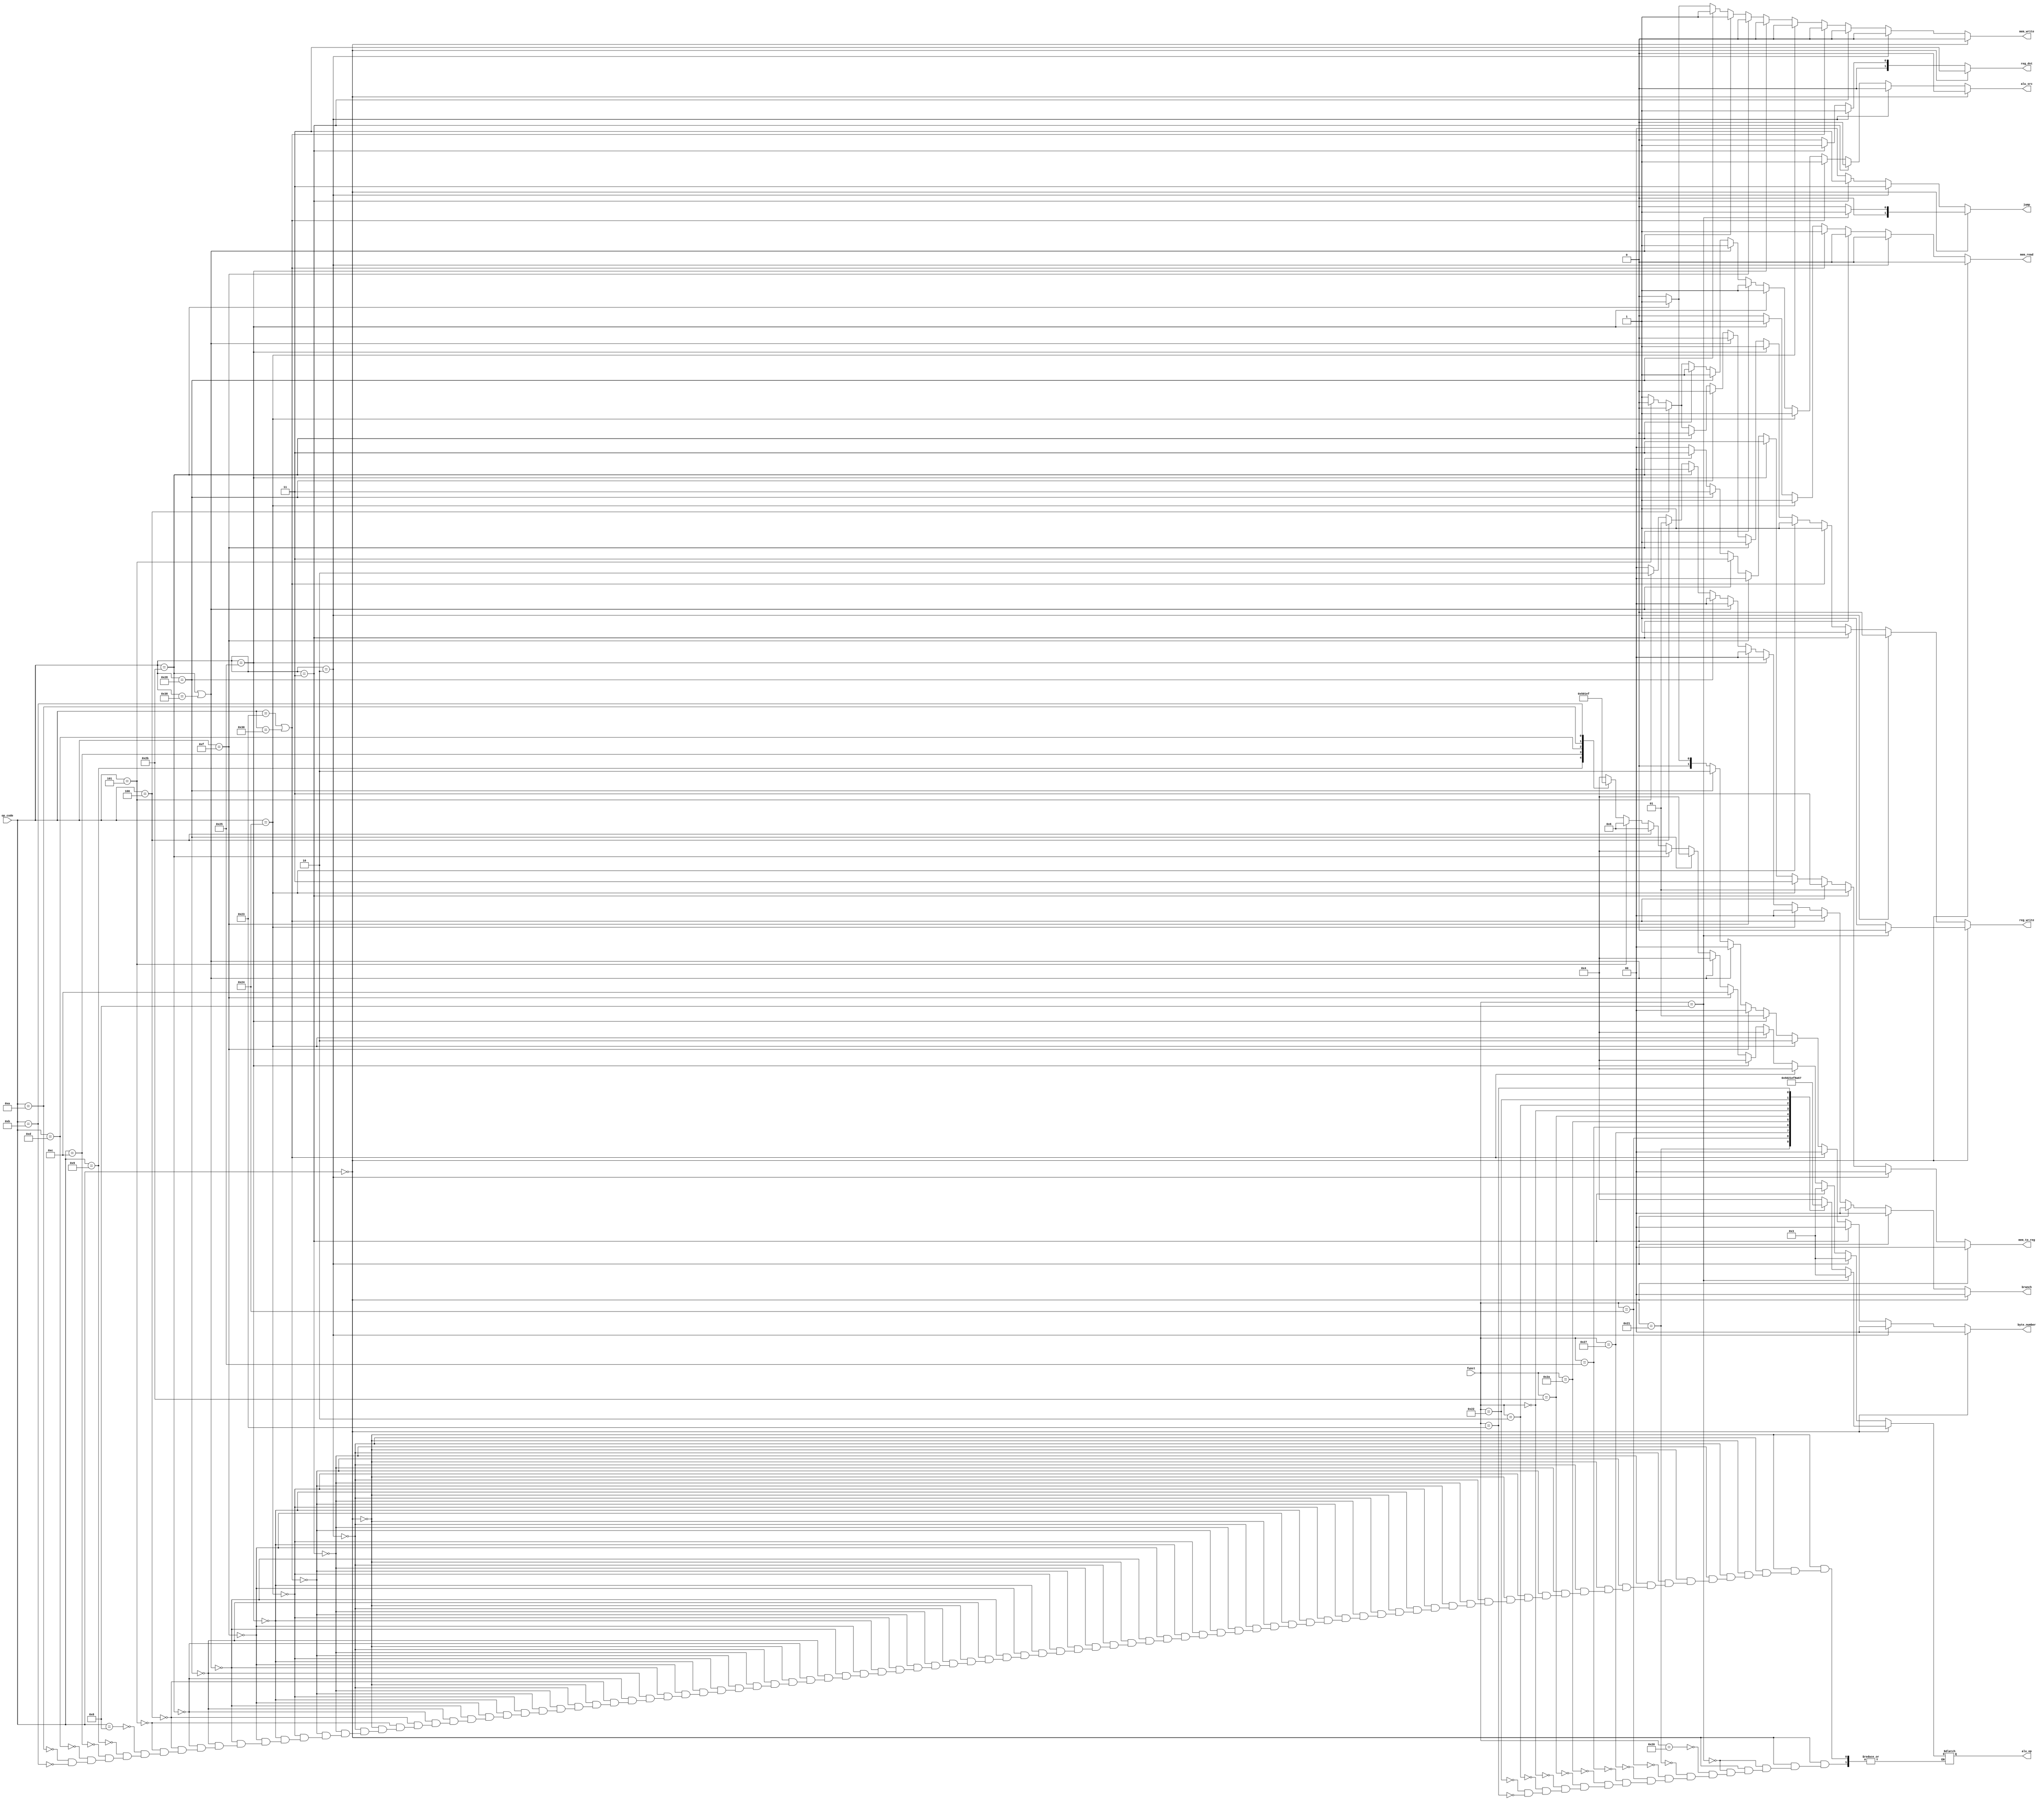
module mips_control(reg_dst, alu_src, mem_to_reg, reg_write, mem_read, mem_write, branch, alu_op, jump, byte_number, op_code, funct);

	output reg [1:0] reg_dst ;						//00 = I[20:16], 11 = I[20:16], 01/10 =  R[31] for JAL instruction
	output reg alu_src;								//0 = Read Data 2, 1 = signExtend(I[15:0])
	output reg [1:0] mem_to_reg ;					//00 = data from Alu, 01/10 = PC+4 for JAL instruction, 11 = data from Memory
	output reg reg_write;							//1 = for all R, JAL and I type instructions except store types instructions and branches, 0 = for others
	output reg mem_read;								//1 = for load types instructions, 0 =  for others 
	output reg mem_write;							//1 = for store types instructions, 0 = for others
	output reg [1:0] branch ;						//00 = no branch, 01 = BEQ, 10 = BNE, 11 = Undefined
	output reg [3:0] alu_op ;						//look excel file for details
	output reg [1:0] jump ;							//00 = no jump, 01/10 = JR, 11 = J and JAL
	output reg [1:0] byte_number ;				//00 = WORD, 01 = HALF WORD, 10 = BYTE, 11 = UPPER IMMEDIATE

	input [5:0] op_code;
	input [5:0] funct;



	always @* begin
		
		if(op_code == 6'b000000) begin 	//common signals for R type instructions
			reg_dst = 2'b11;					//I[15:11]
			alu_src = 1'b0;					//Read Data 2
			mem_to_reg = 2'b00;				//data from ALU will be written to REGISTER
			mem_read = 1'b0;					//will not read from MEMORY
			mem_write = 1'b0;					//will not write to MEMORY
			branch = 2'b00; 					//no branch 
			byte_number = 2'b00;
			
			if(funct == 6'b001000) begin 	//R type JR instruction
				alu_op = 4'b0011;				//will not use ALU
				jump = 2'b01;					//change PC to data of R[rs]
				reg_write = 1'b0;				//will not read to REGISTER
				
				$display("R type JR instruction %b", funct);
				
			end else begin	
				reg_write = 1'b1;				//remaining common signals for other R type instructions
				jump = 2'b00;
				
				$display("R type other instruction %b", funct);
				
				case (funct) 
					6'b100000 : 				//R type ADD instruction 
						alu_op = 4'b0100;		
					6'b100001 :					//R type ADDU instruction
						alu_op = 4'b0101;	
					6'b100100 : 				//R type AND instruction
						alu_op = 4'b0000; 
					6'b100111 : 				//R type NOR instruction
						alu_op = 4'b0010; 
					6'b100101 : 				//R type OR instruction
						alu_op = 4'b0001;
					6'b101010 : 				//R type SLT instruction
						alu_op = 4'b1110;
					6'b101011 : 				//R type SLTU instruction
						alu_op = 4'b1111;
					6'b000000 :					//R type SLL instruction
						alu_op = 4'b1000;
					6'b000010 :					//R type SRL instruction
						alu_op = 4'b1010;
					6'b100010 :					//R type SUB instruction
						alu_op = 4'b0110;
					6'b100011 :					//R type SUBU instruction
						alu_op = 4'b0111;
							
					default : $display("Error in R type instruction %b",funct); 		 
				endcase
			
			end
		end else begin
			if(op_code == 6'b000010) begin	//J type J instruction
				reg_dst = 2'b01;				//not important for J instruction
				alu_src = 1'b0;				//not important for J instruction
				mem_to_reg = 2'b00;			//not important for J instruction
				reg_write = 1'b0;				//will not write to REGISTER
				mem_read = 1'b0;				//will not read from MEMORY
				mem_write = 1'b0;				//will not write to MEMORY
				branch = 2'b00;				//no branch
				alu_op = 4'b0011;				//undefined alu operation
				jump = 2'b11;					//PC = JUMP ADDRESS
				byte_number = 2'b00;			//not important for J instruction
				
				$display("J type J instruction %b", op_code);
				
			end else if(op_code == 6'b000011) begin // J type JAL instruction
			
				reg_dst = 2'b01;				//R[31] for JAL instruction				
				alu_src = 1'b0;				//not important for J instruction
				mem_to_reg = 2'b01;			//PC+4 for JAL instruction
				reg_write = 1'b1;				//will write to REGISTER
				mem_read = 1'b0;				//will not read from MEMORY
				mem_write = 1'b0;				//will not write to MEMORY
				branch = 2'b00;				//no branch
				alu_op = 4'b0011;				//undefined alu operation
				jump = 2'b11;					//PC = JUMP ADDRESS
				byte_number = 2'b00;			//not important for J instruction
				
				$display("J type JAL instruction %b", op_code);
			
			end else if (op_code == 6'b100011 || op_code == 6'b110000) begin //I type LW instruction and I type LL instruction
			
				reg_dst = 2'b00;						//R[rt] for I instructions				
				alu_src = 1'b1;						//signExtendImmediate for ALU
				mem_to_reg = 2'b11;					//data from MEMORY will be written to REGISTER
				reg_write = 1'b1;						//will write to REGISTER
				mem_read = 1'b1;						//will read from MEMORY
				mem_write = 1'b0;						//will not write to MEMORY
				branch = 2'b00;						//no branch
				alu_op = 4'b0100;						//ALU operation ADD
				jump = 2'b00;							//no jump
				byte_number = 2'b00;					//load word from MEMORY	
				
				$display("I type LB or LL instruction %b", op_code);
				
			end else if(op_code == 6'b100100) begin	//I type LBU instruction
			
				reg_dst = 2'b00;						//R[rt] for I instructions				
				alu_src = 1'b1;						//signExtendImmediate for ALU
				mem_to_reg = 2'b11;					//data from MEMORY will be written to REGISTER
				reg_write = 1'b1;						//will write to REGISTER
				mem_read = 1'b1;						//will read from MEMORY
				mem_write = 1'b0;						//will not write to MEMORY
				branch = 2'b00;						//no branch
				alu_op = 4'b0100;						//ALU operation ADD
				jump = 2'b00;							//no jump
				byte_number = 2'b10;					//load byte from MEMORY	
				
				$display("I type LBU instruction %b", op_code);
				
			end else if(op_code == 6'b100101) begin 	//I type LHU instruction
			
				reg_dst = 2'b00;						//R[rt] for I instructions				
				alu_src = 1'b1;						//signExtendImmediate for ALU
				mem_to_reg = 2'b11;					//data from MEMORY will be written to REGISTER
				reg_write = 1'b1;						//will write to REGISTER
				mem_read = 1'b1;						//will read from MEMORY
				mem_write = 1'b0;						//will not write to MEMORY
				branch = 2'b00;						//no branch
				alu_op = 4'b0100;						//ALU operation ADD
				jump = 2'b00;							//no jump
				byte_number = 2'b01;					//load halfword from MEMORY	
				
				$display("I type LHU instruction %b", op_code);
				
			end else if(op_code == 6'b001111) begin	//I type LUI instruction		
				reg_dst = 2'b00;						//R[rt] for I instructions				
				alu_src = 1'b1;						//signExtendImmediate for ALU
				mem_to_reg = 2'b00;					//data from ALU will be written to REGISTER
				reg_write = 1'b1;						//will write to REGISTER
				mem_read = 1'b0;						//will not read from MEMORY
				mem_write = 1'b0;						//will not write to MEMORY
				branch = 2'b00;						//no branch
				alu_op = 4'b1100;						//LUI operation(Result will be (signExtendImmediate << 16))
				jump = 2'b00;							//no jump
				byte_number = 2'b00;					//not important for LUI instruction
				
				$display("I type LUI instruction %b", op_code);
				
			end else if(op_code == 6'b101011 || op_code == 6'b111000) begin	//I type SW instruction and I type SC instruction
			
				reg_dst = 2'b00;						//R[rt] for I instructions
				alu_src = 1'b1;						//signExtendImmediate for ALU
				mem_to_reg = 2'b11;					//not important for store type instructions
				reg_write = 1'b0;						//will not write to REGISTER
				mem_read = 1'b0;						//will not read from MEMORY
				mem_write = 1'b1;						//will write to MEMORY
				branch = 2'b00;						//no branch
				alu_op = 4'b0100;						//ALU operation ADD
				jump = 2'b00;							//no jump
				byte_number = 2'b00;					//store word in MEMORY
				
				$display("I type SW OR SC instruction %b", op_code);
				
			end else if(op_code == 6'b101000) begin	//I type SB instruction
			
				reg_dst = 2'b00;						//R[rt] for I instructions
				alu_src = 1'b1;						//signExtendImmediate for ALU
				mem_to_reg = 2'b11;					//not important for store type instructions
				reg_write = 1'b0;						//will not write to REGISTER
				mem_read = 1'b0;						//will not read from MEMORY
				mem_write = 1'b1;						//will write to MEMORY
				branch = 2'b00;						//no branch
				alu_op = 4'b0100;						//ALU operation ADD
				jump = 2'b00;							//no jump
				byte_number = 2'b10;					//store byte in MEMORY		
				
				$display("I type SB instruction %b", op_code);
				
			end else if(op_code == 6'b101011) begin	//I type SH instruction
			
				reg_dst = 2'b00;						//R[rt] for I instructions
				alu_src = 1'b1;						//signExtendImmediate for ALU
				mem_to_reg = 2'b11;					//not important for store type instructions
				reg_write = 1'b0;						//will not write to REGISTER
				mem_read = 1'b0;						//will not read from MEMORY
				mem_write = 1'b1;						//will write to MEMORY
				branch = 2'b00;						//no branch
				alu_op = 4'b0100;						//ALU operation ADD
				jump = 2'b00;							//no jump
				byte_number = 2'b01;					//store halfword in MEMORY	
				
				$display("I type SH instruction %b", op_code);
				
			end else if (op_code == 6'b000100) begin //I type BEQ instruction
			
				reg_dst = 2'b00;						//R[rt] for I instructions
				alu_src = 1'b0;						//Read Data 2 for ALU
				mem_to_reg = 2'b00;					//not important for branch instructions
				reg_write = 1'b0;						//will not write to REGISTER
				mem_read = 1'b0;						//will not read from MEMORY
				mem_write = 1'b0;						//will not write to MEMORY
				branch = 2'b01;						//branch when two register data same
				alu_op = 4'b0110;						//ALU operation SUB
				jump = 2'b00;							//no jump
				byte_number = 2'b00;					//not important for branch instructions	
				
				$display("I type BEQ instruction %b", op_code);
				
			end else if (op_code == 6'b000101) begin //I type BNE instruction
			
				reg_dst = 2'b00;						//R[rt] for I instructions
				alu_src = 1'b0;						//Read Data 2 for ALU
				mem_to_reg = 2'b00;					//not important for branch instructions
				reg_write = 1'b0;						//will not write to REGISTER
				mem_read = 1'b0;						//will not read from MEMORY
				mem_write = 1'b0;						//will not write to MEMORY
				branch = 2'b10;						//branch when two register data not same
				alu_op = 4'b0110;						//ALU operation SUB
				jump = 2'b00;							//no jump
				byte_number = 2'b00;					//not important for branch instructions
				
				$display("I type BNE instruction %b", op_code);
				
			end else begin								//common signals for other I type instructions
			
				reg_dst = 2'b00;						//R[rt] for I instructions
				alu_src = 1'b1;						//signExtendImmediate for ALU
				mem_to_reg = 2'b00;					//data from ALU will be written to REGISTER
				reg_write = 1'b1;						//will write to REGISTER
				mem_read = 1'b0;						//will not read from MEMORY
				mem_write = 1'b0;						//will not write to MEMORY
				branch = 2'b00;						//no branch
				jump = 2'b00;							//no jump
				byte_number = 2'b00;					//not important for remaining I type instructions
				
				$display("I type other instructions %b", op_code);
				
				case(op_code)
					6'b001000 : 				//I type ADDI instruction 
						alu_op = 4'b0100;		
					6'b001001 :					//I type ADDIU instruction
						alu_op = 4'b0101;	
					6'b001100 : 				//I type ANDI instruction
						alu_op = 4'b0000; 	
					6'b001101 :					//I type ORI instruction
						alu_op = 4'b0001;
					6'b001010 :					//I type SLTI instruction
						alu_op = 4'b1110;
					6'b001011 :					//I type SLTIU instruction
						alu_op = 4'b1111;
						
					default : $display("Error in I type instruction %b",op_code);
				
				endcase
				
			end
		
		end

	end


endmodule